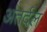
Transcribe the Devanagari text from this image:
अंतर्दल